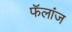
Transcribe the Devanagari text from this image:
फॅलांज